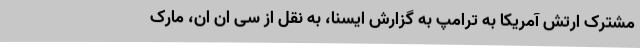
مشترک ارتش آمریکا به ترامپ به گزارش ایسنا، به نقل از سی ان ان، مارک